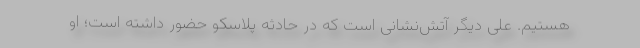
هستیم. علی دیگر آتش‌نشانی است که در حادثه پلاسکو حضور داشته است؛ او